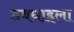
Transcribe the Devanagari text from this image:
डबघाइला